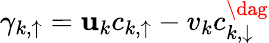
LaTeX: \gamma_{k,\uparrow}=\mathbf{u}_{k}c_{k,\uparrow}-v_{k}c_{k,\downarrow}^{\dag}